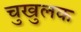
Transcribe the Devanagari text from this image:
चुखुलक